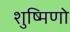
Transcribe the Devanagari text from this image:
शुष्मिणो